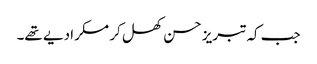
جب کہ تبریز حسن کھل کر مسکرا دیے تھے۔